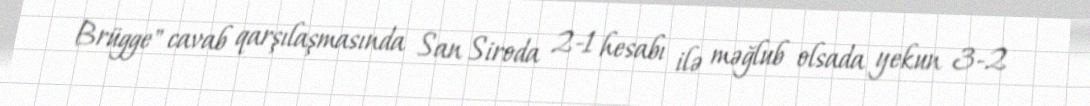
Brügge" cavab qarşılaşmasında San Siroda 2-1 hesabı ilə məğlub olsada yekun 3-2